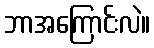
ဘာအကြောင်းလဲ။